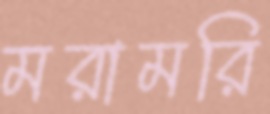
মরামরি